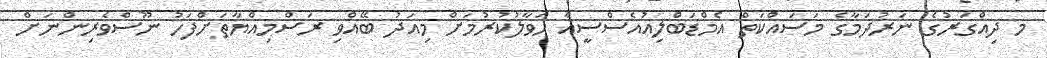
މ ދިއްގަރުގެ ނަރުދަމާގެ މަސައްކަތް އެމްޑަބްލިއުއެސްސީއާ ހަވާލުކުރުމަށް މިއަދު ބޭއްވި ރަސްމިއްޔާތަށްފަހު ނޫސްވެރިންނަށް